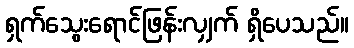
ရှက်သွေးရောင်ဖြန်းလျှက် ရှိပေသည်။